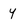
Character: y